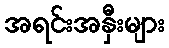
အရင်းအနှီးများ